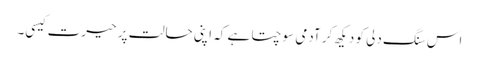
اس سنگ دلی کو دیکھ کر آدمی سوچتا ہے کہ اپنی حالت پر حیرت کیسی۔